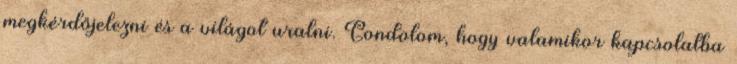
megkérdőjelezni és a világot uralni. Gondolom, hogy valamikor kapcsolatba